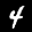
Label: 4